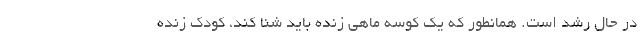
در حال رشد است. همانطور که یک کوسه ماهیِ زنده باید شنا کند، کودک زنده